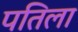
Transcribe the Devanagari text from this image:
पतिला